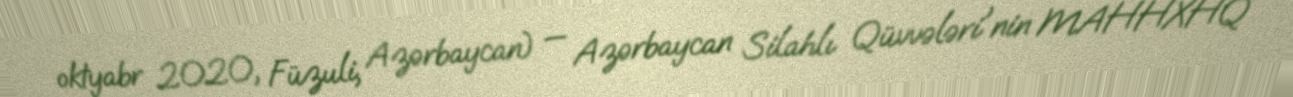
oktyabr 2020, Füzuli, Azərbaycan) — Azərbaycan Silahlı Qüvvələri'nin MAHHXHQ